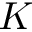
K